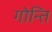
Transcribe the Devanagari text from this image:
गोन्ति